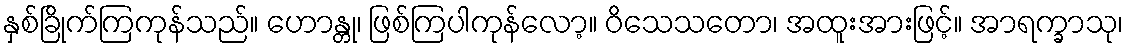
နှစ်ခြိုက်ကြကုန်သည်။ ဟောန္တု၊ ဖြစ်ကြပါကုန်လော့။ ဝိသေသတော၊ အထူးအားဖြင့်။ အာရက္ခာသု၊